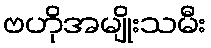
ဗဟိုအမျိုးသမီး